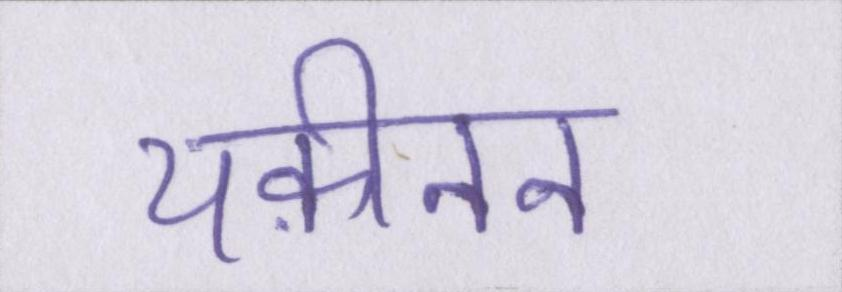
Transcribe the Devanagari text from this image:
यक़ीनन